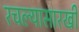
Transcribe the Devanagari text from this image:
रचल्यासारखी